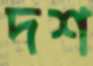
দশ